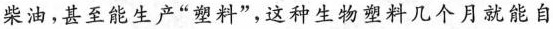
柴油，甚至能生产”塑料”，这种生物塑料几个月就能自